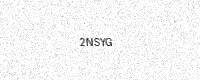
Text: 2NSYG